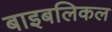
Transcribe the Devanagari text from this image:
बाइबलिकल